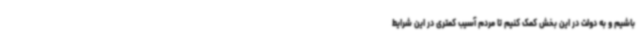
باشیم و به دولت در این بخش کمک کنیم تا مردم آسیب کمتری در این شرایط